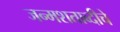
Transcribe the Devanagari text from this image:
जन्मशताब्दीचे